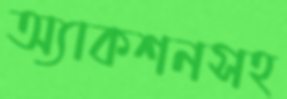
অ্যাকশনসহ